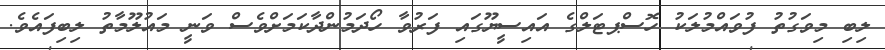
ލިބި މިވަގުތު ފުވައްމުލަކު ހޮސްޕޓަލްގެ އައިސީޔޫގައި ފަރުވާ ހޯދަމުންދާކަމަށްވެސް ވަނީ މައުލޫމާތު ލިބިފައެވެ.